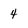
Character: 4